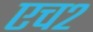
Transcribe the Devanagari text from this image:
एच२